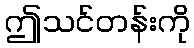
ဤသင်တန်းကို